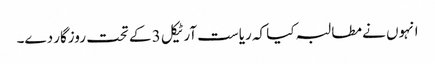
انہوں نے مطالبہ کیا کہ ریاست آرٹیکل 3 کے تحت روزگار دے۔